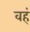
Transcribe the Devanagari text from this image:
वहं